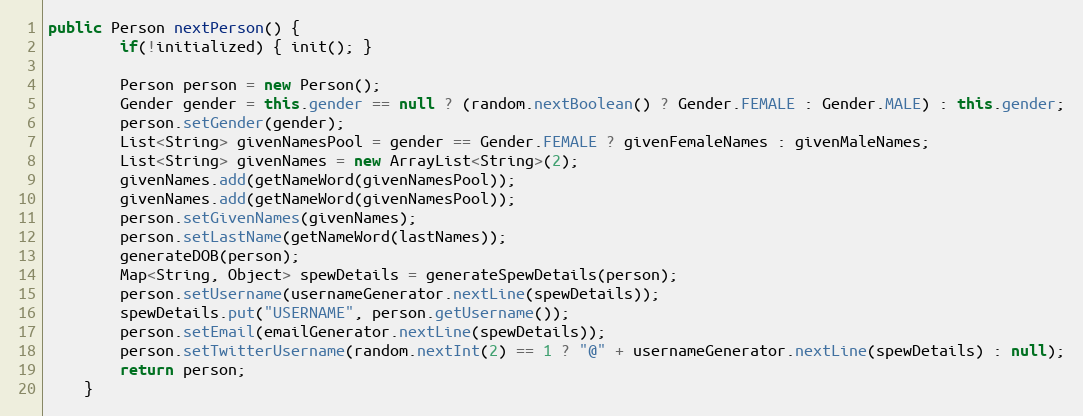
Language: Java
public Person nextPerson() {
		if(!initialized) { init(); }

		Person person = new Person();
		Gender gender = this.gender == null ? (random.nextBoolean() ? Gender.FEMALE : Gender.MALE) : this.gender;
		person.setGender(gender);
		List<String> givenNamesPool = gender == Gender.FEMALE ? givenFemaleNames : givenMaleNames;
		List<String> givenNames = new ArrayList<String>(2);
		givenNames.add(getNameWord(givenNamesPool));
		givenNames.add(getNameWord(givenNamesPool));
		person.setGivenNames(givenNames);
		person.setLastName(getNameWord(lastNames));
        generateDOB(person);
        Map<String, Object> spewDetails = generateSpewDetails(person);
        person.setUsername(usernameGenerator.nextLine(spewDetails));
        spewDetails.put("USERNAME", person.getUsername());
        person.setEmail(emailGenerator.nextLine(spewDetails));
        person.setTwitterUsername(random.nextInt(2) == 1 ? "@" + usernameGenerator.nextLine(spewDetails) : null);
        return person;
	}